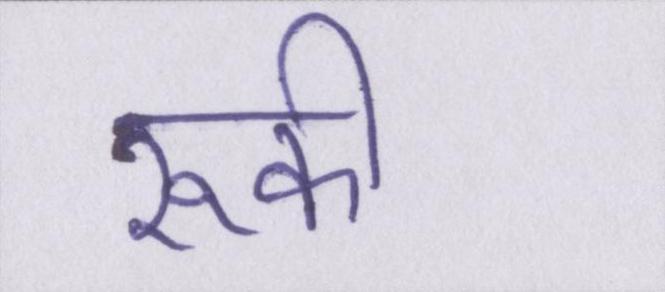
रूकी